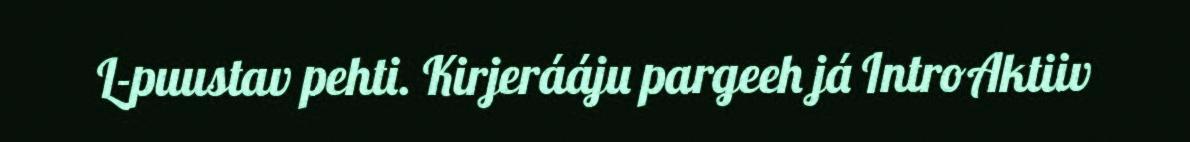
L-puustav pehti. Kirjerááju pargeeh já IntroAktiiv